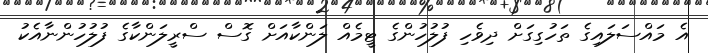
އެ މައްސަލައިގެ ތަހުގިގަށް ދިވެހި ފުލުހުންގެ ޓީމެއް ލަންކާއަށް ގޮސް ސްރީލަންކާގެ ފުލުހުންނާއެކު